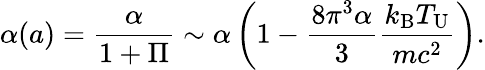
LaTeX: \alpha(a)=\frac{\alpha}{1+\Pi}\sim\alpha\left(1-\frac{8\pi^{3}\alpha}{3}\frac{k_{\mathrm{B}}T_{\mathrm{U}}}{mc^{2}}\right).